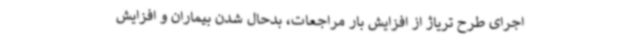
اجرای طرح تریاژ از افزایش بار مراجعات، بدحال شدن بیماران و افزایش